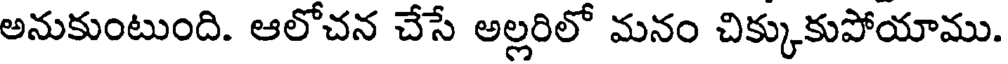
అనుకుంటుంది. ఆలోచన చేసే అల్లరిలో మనం చిక్కుకుపోయాము.